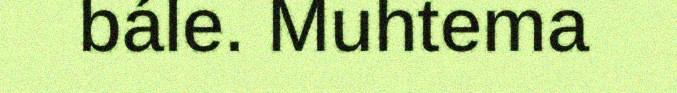
bále. Muhtema